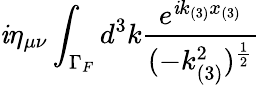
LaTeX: \mathit{i}\eta_{\mu\nu}\int_{\Gamma_{F}}d^{3}k\frac{{e^{\mathit{i}k_{(3)}x_{(3)}}}}{{(-k_{(3)}^{2})^{\frac{{1}}{{2}}}}}